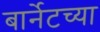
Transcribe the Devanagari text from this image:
बार्नेटच्या